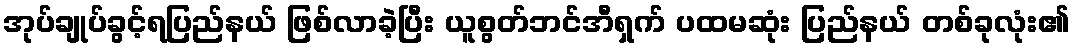
အုပ်ချုပ်ခွင့်ရပြည်နယ် ဖြစ်လာခဲ့ပြီး ယူစွတ်ဘင်အီရှက် ပထမဆုံး ပြည်နယ် တစ်ခုလုံး၏